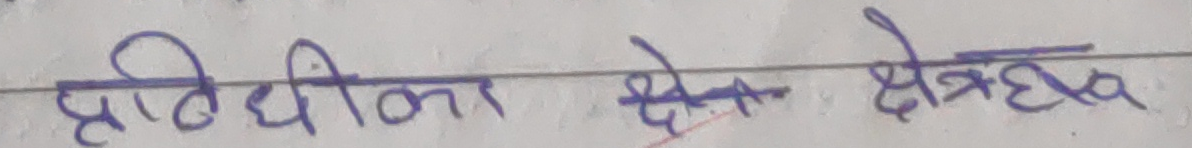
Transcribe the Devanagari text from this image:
प्रतिधीका क्षेत्र क्षेत्रप